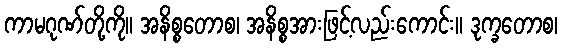
ကာမဂုဏ်တို့ကို။ အနိစ္စတောစ၊ အနိစ္စအားဖြင့်လည်းကောင်း။ ဒုက္ခတောစ၊